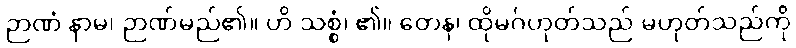
ဉာဏံ နာမ၊ ဉာဏ်မည်၏။ ဟိ သစ္စံ၊ ၏။ တေန၊ ထိုမဂ်ဟုတ်သည် မဟုတ်သည်ကို